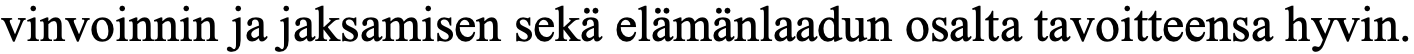
vinvoinnin ja jaksamisen sekä elämänlaadun osalta tavoitteensa hyvin.